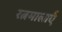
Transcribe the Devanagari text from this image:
रत्नमालाएँ